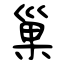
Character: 巢